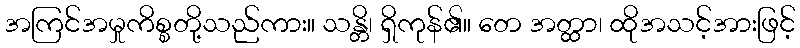
အကြင်အမှုကိစ္စတို့သည်ကား။ သန္တိ၊ ရှိကုန်၏။ တေ အတ္ထာ၊ ထိုအသင့်အားဖြင့်